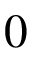
0